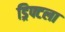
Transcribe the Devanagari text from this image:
ड्रिफ्टला